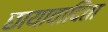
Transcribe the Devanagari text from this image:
छायावादिता